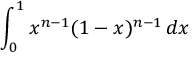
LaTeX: \int _ { 0 } ^ { 1 } x ^ { n - 1 } ( 1 - x ) ^ { n - 1 } \, d x